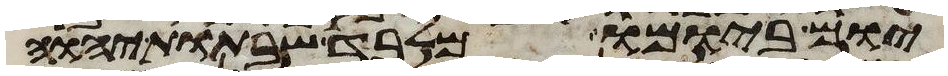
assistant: יום ביומו מלבד שבתות יהוה